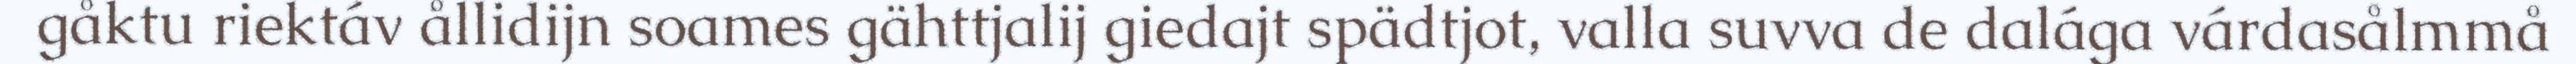
gåktu riektáv ållidijn soames gähttjalij giedajt spädtjot, valla suvva de dalága várdasålmmå